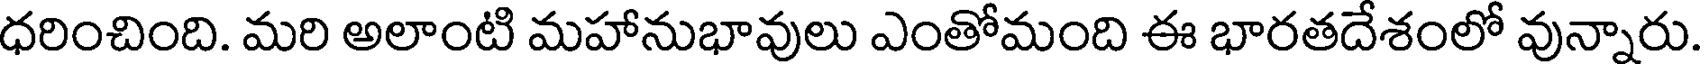
ధరించింది. మరి అలాంటి మహానుభావులు ఎంతోమంది ఈ భారతదేశంలో వున్నారు